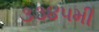
૩૩૪૫મી